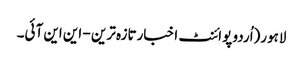
لاہور(اُردو پوائنٹ اخبارتازہ ترین - این این آئی۔